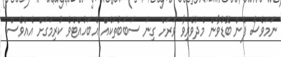
ނަމަވެސް ފެން ބޮޑުވާން މެދުވެރިވާ ވަރަށް ގިނަ ސަބަބުތަކެއް އެބަހުއްޓެވެ ކުރިމަގަށް އެއްވެސް